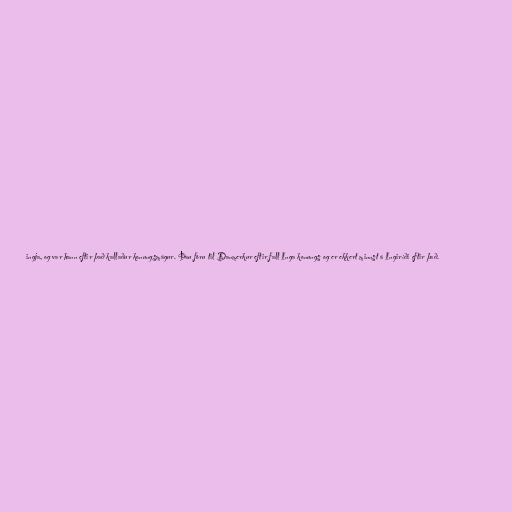
ingja, og var hann eftir það kallaður konungsmágur. Þau fóru til Danmerkur eftir fall Inga konungs og er ekkert minnst á Ingiríði eftir það.